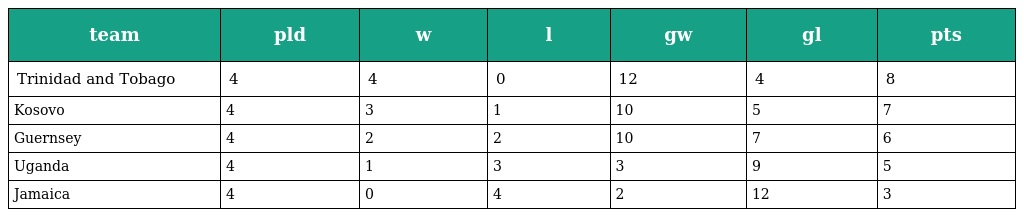
| team | pld | w | l | gw | gl | pts |
 | --- | --- | --- | --- | --- | --- | --- |
 | Trinidad and Tobago | 4 | 4 | 0 | 12 | 4 | 8 |
 | Kosovo | 4 | 3 | 1 | 10 | 5 | 7 |
 | Guernsey | 4 | 2 | 2 | 10 | 7 | 6 |
 | Uganda | 4 | 1 | 3 | 3 | 9 | 5 |
 | Jamaica | 4 | 0 | 4 | 2 | 12 | 3 |